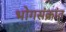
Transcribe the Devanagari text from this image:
भोगसंक्रांत